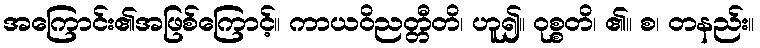
အကြောင်း၏အဖြစ်ကြောင့်။ ကာယဝိညတ္တီတိ၊ ဟူ၍။ ဝုစ္စတိ၊ ၏။ စ၊ တနည်း။